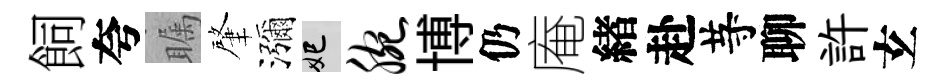
飼夸瞩肇瀰妃腕博仍庵緖赴䒭聊許𤣥